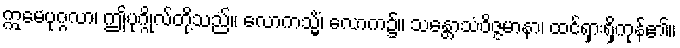
ဣမေပုဂ္ဂလာ၊ ဤပုဂ္ဂိုလ်တို့သည်။ လောကသ္မိံ၊ လောက၌။ သန္တောသံဝိဇ္ဇမာနာ၊ ထင်ရှားရှိကုန်၏။